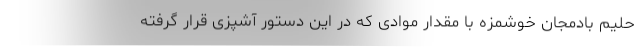
حلیم بادمجان خوشمزه با مقدار موادی که در این دستور آشپزی قرار گرفته